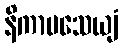
နိကာမသေယျံ